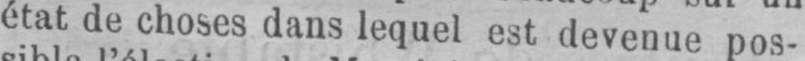
état de choses dans lequel est devenue pos-